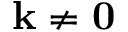
\mathbf k \neq \mathbf 0